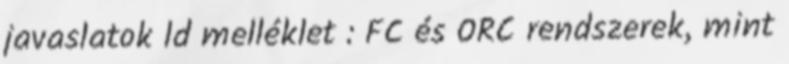
javaslatok ld melléklet : FC és ORC rendszerek, mint